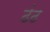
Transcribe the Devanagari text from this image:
ढंढ